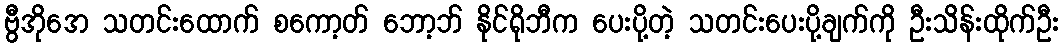
ဗွီအိုအေ သတင်းထောက် စကော့တ် ဘော့ဘ် နိုင်ရိုဘီက ပေးပို့တဲ့ သတင်းပေးပို့ချက်ကို ဦးသိန်းထိုက်ဦး